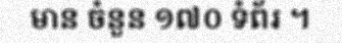
មាន ចំនួន ១៧០ ទំព័រ ។